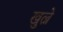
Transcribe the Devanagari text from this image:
खुल्ने